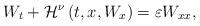
LaTeX: \begin{align*} W_{t}+\mathcal{H}^{\nu}\left(t,x,W_{x}\right)=\varepsilon W_{xx}, \end{align*}